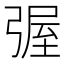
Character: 𭛀